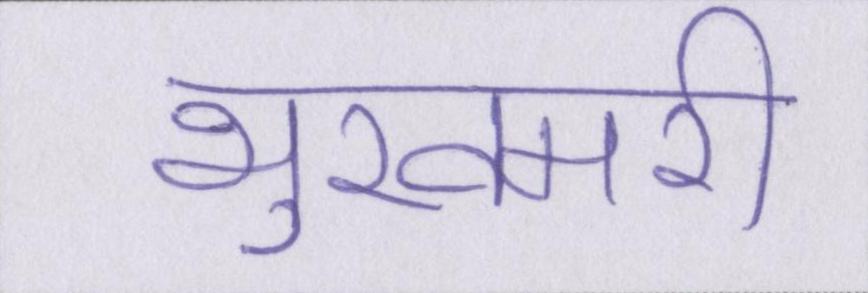
भुखमरी